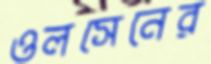
ওলসেনের